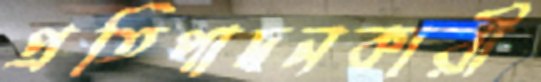
প্রতিপাদনকারী